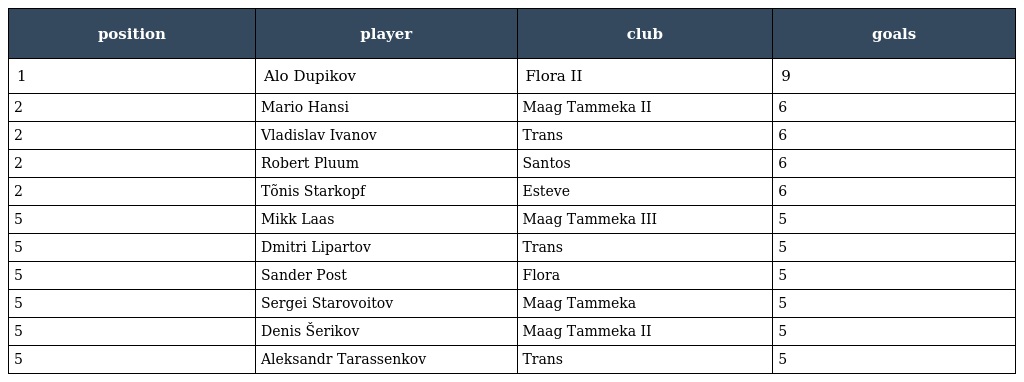
| position | player | club | goals |
 | --- | --- | --- | --- |
 | 1 | Alo Dupikov | Flora II | 9 |
 | 2 | Mario Hansi | Maag Tammeka II | 6 |
 | 2 | Vladislav Ivanov | Trans | 6 |
 | 2 | Robert Pluum | Santos | 6 |
 | 2 | Tõnis Starkopf | Esteve | 6 |
 | 5 | Mikk Laas | Maag Tammeka III | 5 |
 | 5 | Dmitri Lipartov | Trans | 5 |
 | 5 | Sander Post | Flora | 5 |
 | 5 | Sergei Starovoitov | Maag Tammeka | 5 |
 | 5 | Denis Šerikov | Maag Tammeka II | 5 |
 | 5 | Aleksandr Tarassenkov | Trans | 5 |